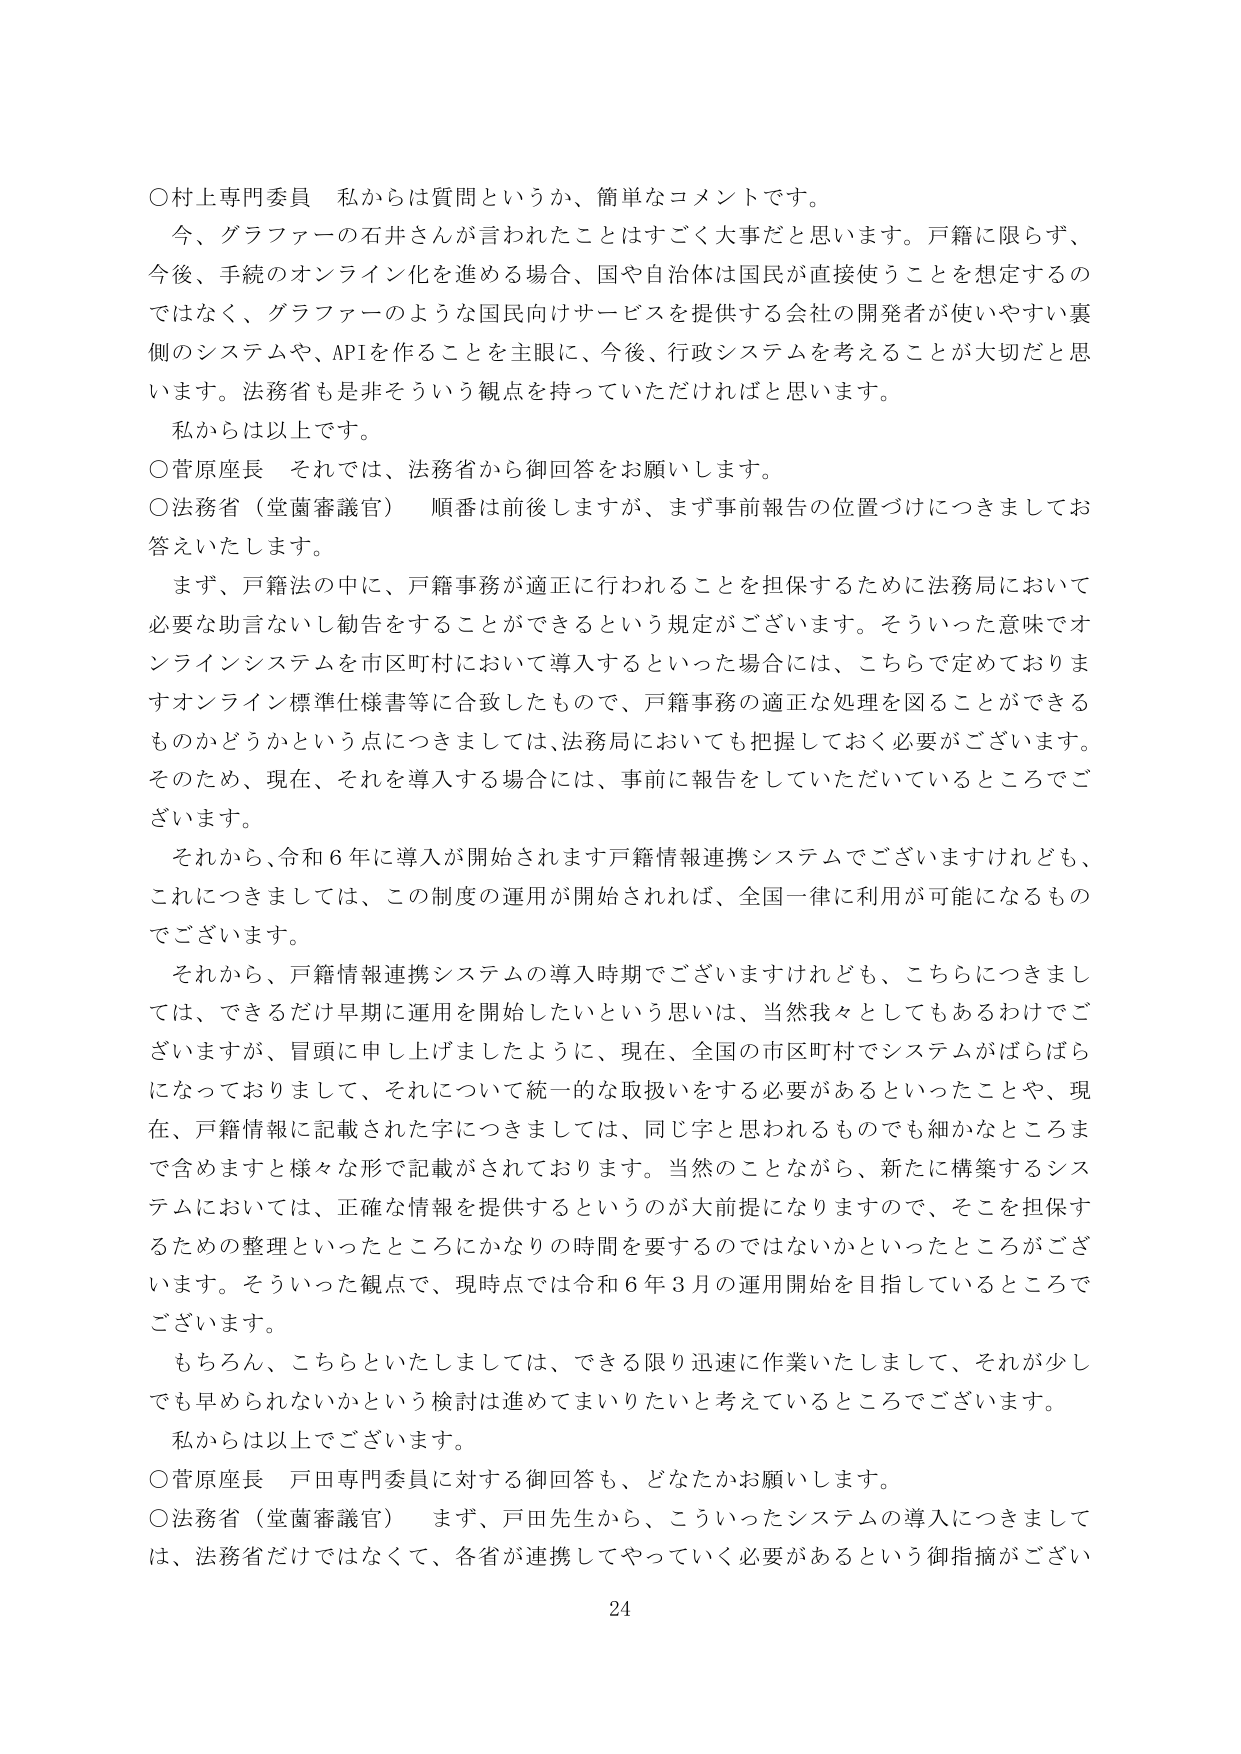
○村上専門委員　私からは質問というか、簡単なコメントです。
今、グラファーの石井さんが言われたことはすごく大事だと思います。戸籍に限らず、
今後、手続のオンライン化を進める場合、国や自治体は国民が直接使うことを想定するの
ではなく、グラファーのような国民向けサービスを提供する会社の開発者が使いやすい裏
側のシステムや、APIを作ることを主眼に、今後、行政システムを考えることが大切だと思
います。法務省も是非そういう観点を持っていただければと思います。
私からは以上です。

○菅原座長　それでは、法務省から御回答をお願いします。
○法務省（堂薗審議官）　順番は前後しますが、まず事前報告の位置づけにつきましてお
答えいたします。
まず、戸籍法の中に、戸籍事務が適正に行われることを担保するために法務局において
必要な助言ないし勧告をすることができるという規定がございます。そういった意味でオ
ンラインシステムを市区町村において導入するといった場合には、こちらで定めておりま
すオンライン標準仕様書等に合致したもので、戸籍事務の適正な処理を図ることができる
ものかどうかという点につきましては、法務局においても把握しておく必要がございます。
そのため、現在、それを導入する場合には、事前に報告をしていただいているところでご
ざいます。
それから、令和６年に導入が開始されます戸籍情報連携システムでございますけれども、
これにつきましては、この制度の運用が開始されれば、全国一律に利用が可能になるもの
でございます。
それから、戸籍情報連携システムの導入時期でございますけれども、こちらにつきまし
ては、できるだけ早期に運用を開始したいという思いは、当然我々としてもあるわけでご
ざいますが、冒頭に申し上げましたように、現在、全国の市区町村でシステムがばらばら
になっておりまして、それについて統一的な取扱いをする必要があるといったことや、現
在、戸籍情報に記載された字につきましては、同じ字と思われるものでも細かなところま
で含めますと様々な形で記載がされております。当然のことながら、新たに構築するシス
テムにおいては、正確な情報を提供するというのが大前提になりますので、そこを担保す
るための整理といったところにかなりの時間を要するのではないかといったところがござ
います。そういった観点で、現時点では令和６年３月の運用開始を目指しているところで
ございます。
もちろん、こちらといたしましては、できる限り迅速に作業いたしまして、それが少し
でも早められないかという検討は進めてまいりたいと考えているところでございます。
私からは以上でございます。

○菅原座長　戸田専門委員に対する御回答も、どなたかお願いします。
○法務省（堂薗審議官）　まず、戸田先生から、こういったシステムの導入につきまして
は、法務省だけではなくて、各省が連携してやっていく必要があるという御指摘がござい

24